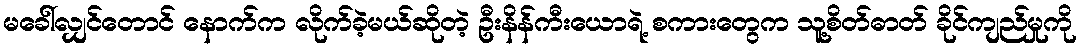
မခေါ်လျှင်တောင် နောက်က လိုက်ခဲ့မယ်ဆိုတဲ့ ဦးနိန်ကီးယောရဲ့ စကားတွေက သူ့စိတ်ဓာတ် ခိုင်ကျည်မှုကို